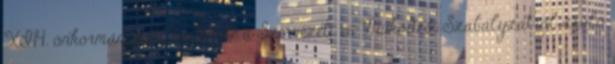
XI.14. önkormányzati rendelete a Szervezeti és Működési Szabályzatról szóló